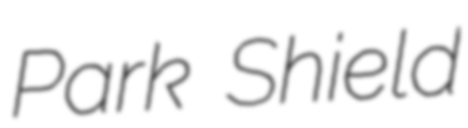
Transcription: Park Shield